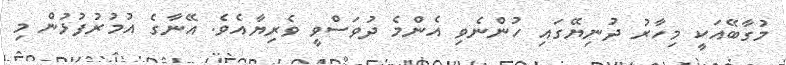
މުގާބޭއަކީ މިހާރު ދުނިޔޭގައި ހުންނެވި އެންމެ ދުވަސްވީ ވެރިޔާއެވެ. އޭނާގެ އުމުރުފުޅުން މި